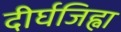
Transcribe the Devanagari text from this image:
दीर्घजिह्वा